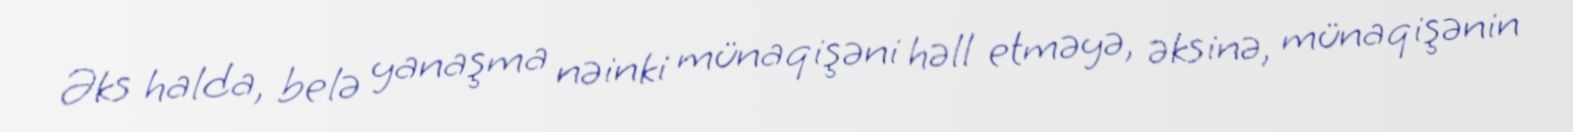
Əks halda, belə yanaşma nəinki münaqişəni həll etməyə, əksinə, münaqişənin